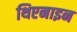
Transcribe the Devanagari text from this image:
थिएनाइन